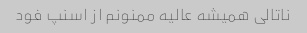
ناتالی همیشه عالیه ممنونم از اسنپ فود